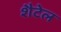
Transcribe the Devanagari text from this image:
शैटेल